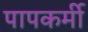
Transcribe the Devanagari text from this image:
पापकर्मी